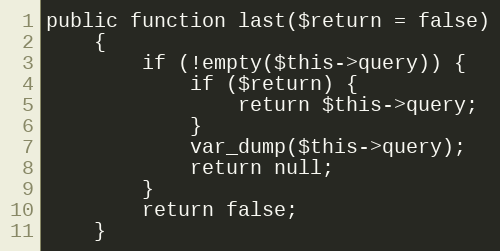
Language: PHP
public function last($return = false)
    {
        if (!empty($this->query)) {
            if ($return) {
                return $this->query;
            }
            var_dump($this->query);
            return null;
        }
        return false;
    }